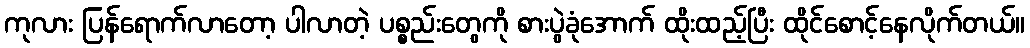
ကုလား ပြန်ရောက်လာတော့ ပါလာတဲ့ ပစ္စည်းတွေကို စားပွဲခုံအောက် ထိုးထည့်ပြီး ထိုင်စောင့်နေလိုက်တယ်။